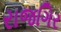
રાજગિર